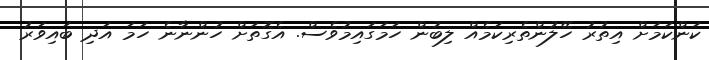
ކަންކަމަށް އިތުރު ހޭލުންތެރިކަމެއް ލިބުން ހަމަގައިމުވެސް. އެގޮތަށް ހުންނާނެ ހަމަ އަދި ބައިވަރު